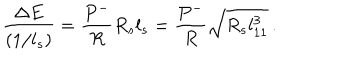
\frac { \Delta E } { ( 1 / l _ { s } ) } = \frac { P ^ { - } } { R } R _ { s } l _ { s } = \frac { P ^ { - } } { R } \sqrt { R _ { s } l _ { 1 1 } ^ { 3 } } \, .